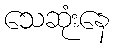
သေဆုံးနေ